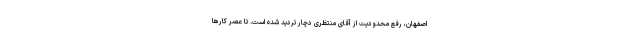
اصفهان، رفع محدودیت از آقاى منتظرى دچار تردید شده است. تا عصر كارها